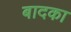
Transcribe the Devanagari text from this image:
बादका